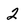
Character: 2